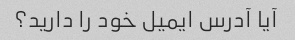
آیا آدرس ایمیل خود را دارید؟